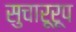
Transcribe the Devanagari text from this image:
सुचारूरूप